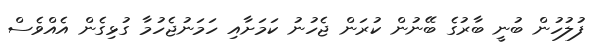
ފުލުހުން ބުނީ ބާރުގެ ބޭނުން ކުރަން ޖެހުނު ކަމަށާއި ހަމަނުޖެހުމާ ގުޅިގެން އެއްވެސް